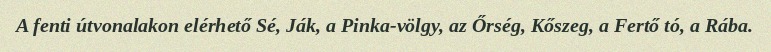
A fenti útvonalakon elérhető Sé, Ják, a Pinka-völgy, az Őrség, Kőszeg, a Fertő tó, a Rába.